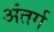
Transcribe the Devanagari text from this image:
अंतर्ग